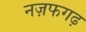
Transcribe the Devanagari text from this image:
नज़फगढ़